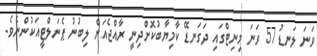
ވަނަ ލަނޑު 57 ވަނަ މިނިޓްގައި ދަގަނޑޭ ކާމިޔާބުކޮށްދިނީ ރާއްޖެއަށް ލިބުނު ޕެނަލްޓީއަކުންނެވެ.